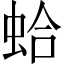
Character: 蛤